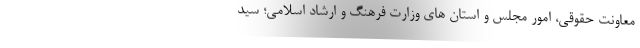
معاونت حقوقی، امور مجلس و استان های وزارت فرهنگ و ارشاد اسلامی؛ سید